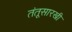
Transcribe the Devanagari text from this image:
तंतूसारखी